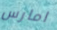
امارس